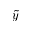
\tilde { y }